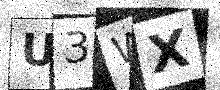
Text: U3WX